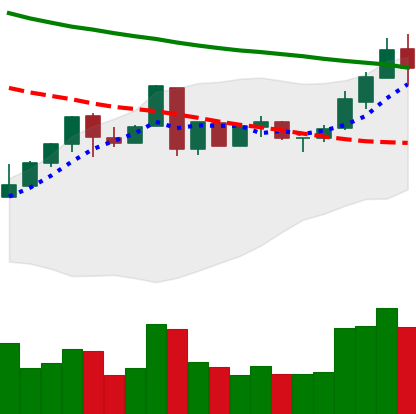
Ticker: LTC-USD
Chart end date: 2018-05-06
Forward return: -20.188%
Label: down_7plus